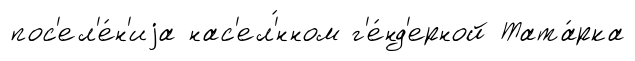
пос'ел'е́н'иjа нас'ел'́нном г'е́нд'ерной Тата́рка